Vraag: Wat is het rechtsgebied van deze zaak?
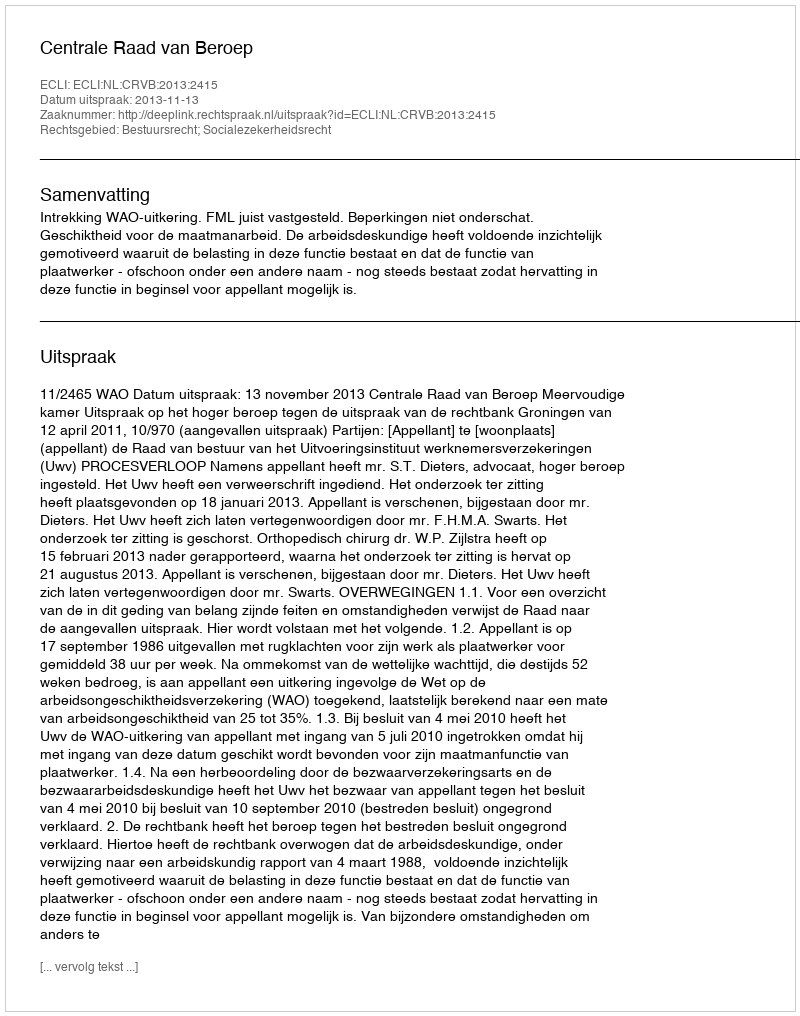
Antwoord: Bestuursrecht; Socialezekerheidsrecht